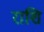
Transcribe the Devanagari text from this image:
राशि